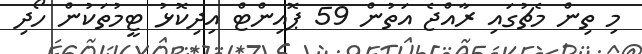
މި ތިން މެޗުގައި ރާއްޖެ އަތުން 59 ޕޮއިންޓް އިދިކޮޅު ޓީމުތަކުން ހޯދި